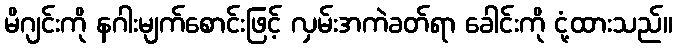
မိဂျင်းကို နဂါးမျက်စောင်းဖြင့် လှမ်းအကဲခတ်ရာ ခေါင်းကို ငုံ့ထားသည်။